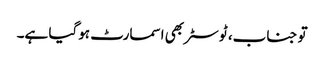
تو جناب، ٹوسٹر بھی اسمارٹ ہوگیا ہے۔